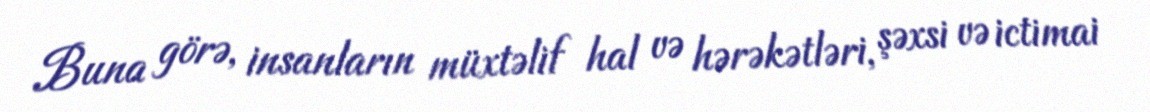
Buna görə, insanların müxtəlif hal və hərəkətləri, şəxsi və ictimai